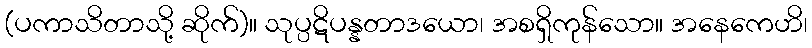
(ပကာသိတာသို့ ဆိုက်)။ သုပ္ပဋိပန္နတာဒယော၊ အစရှိကုန်သော။ အနေကေဟိ၊